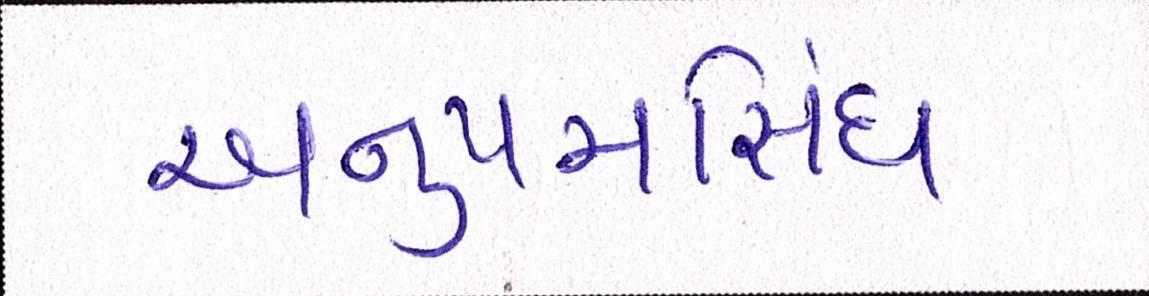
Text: અનુપમસિંઘ